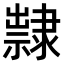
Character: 𨾀